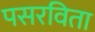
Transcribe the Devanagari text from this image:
पसरविता